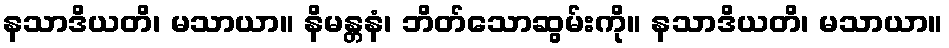
နသာဒိယတိ၊ မသာယာ။ နိမန္တနံ၊ ဘိတ်သောဆွမ်းကို။ နသာဒိယတိ၊ မသာယာ။